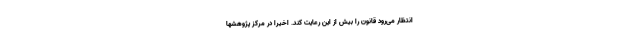
انتظار می‌رود قانون را بیش از این رعایت کند. اخیرا در مرکز پژوهشها